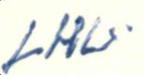
LHV.